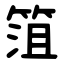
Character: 䈌